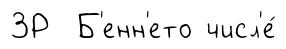
3Р Б'енн'ето числ'е́